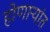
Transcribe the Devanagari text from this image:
होणार्‍यांत